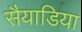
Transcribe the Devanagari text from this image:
सैयाडिया